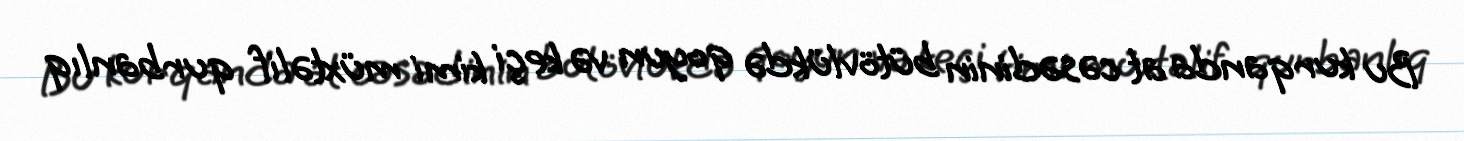
Bu kurqanda at cəsədinin bütövlükdə qoyun və keçi kimi müxtəlif qurbanlıq